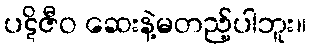
ပဋိဇီဝ ဆေးနဲ့မတည့်ပါဘူး။